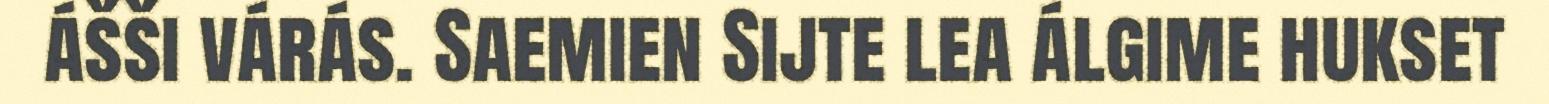
ášši várás. Saemien Sijte lea álgime hukset